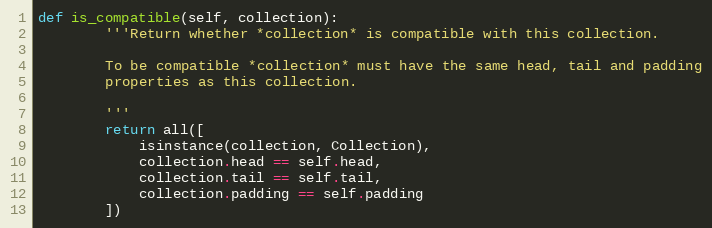
Language: Python
def is_compatible(self, collection):
        '''Return whether *collection* is compatible with this collection.

        To be compatible *collection* must have the same head, tail and padding
        properties as this collection.

        '''
        return all([
            isinstance(collection, Collection),
            collection.head == self.head,
            collection.tail == self.tail,
            collection.padding == self.padding
        ])